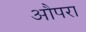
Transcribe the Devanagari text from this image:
औपरा